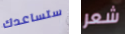
ستساعدك شعر